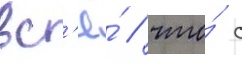
вс'ё́ / что́ с